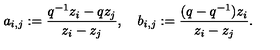
a _ { i , j } : = \frac { q ^ { - 1 } z _ { i } - q z _ { j } } { z _ { i } - z _ { j } } , \quad b _ { i , j } : = \frac { ( q - q ^ { - 1 } ) z _ { i } } { z _ { i } - z _ { j } } .